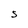
Character: S